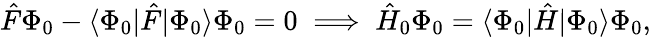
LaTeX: {\hat{F}}\Phi_{0}-\langle\Phi_{0}|{\hat{F}}|\Phi_{0}\rangle\Phi_{0}=0\implies{\hat{H}}_{0}\Phi_{0}=\langle\Phi_{0}|{\hat{H}}|\Phi_{0}\rangle\Phi_{0},